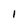
Character: I